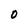
Character: O